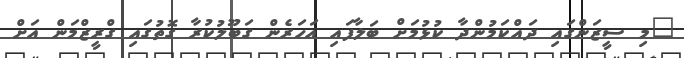
"މި ސީޒަންގައި ދައްކަމުންދާ ކުޅުމަށް ބަލާފައި އަހަރެން ގަބޫލުކުރާ ގޮތުގައި ގްރީޒްމަން އަށް